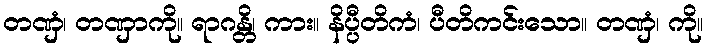
တဏှံ၊ တဏှာကို။ ရာဂန္တိ၊ ကား။ နိပ္ပီတိကံ၊ ပီတိကင်းသော။ တဏှံ၊ ကို။